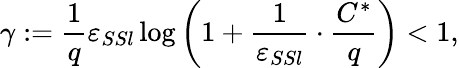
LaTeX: \gamma:=\frac{1}{q}\varepsilon_{SSl}\log\left(1+\frac{1}{\varepsilon_{SSl}}\cdot\frac{C^{*}}{q}\right)<1,